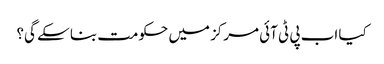
کیا اب پی ٹی آئی مرکز میں حکومت بنا سکے گی؟